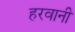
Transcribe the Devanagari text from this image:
हरवानी